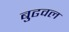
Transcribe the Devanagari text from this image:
बुढवल